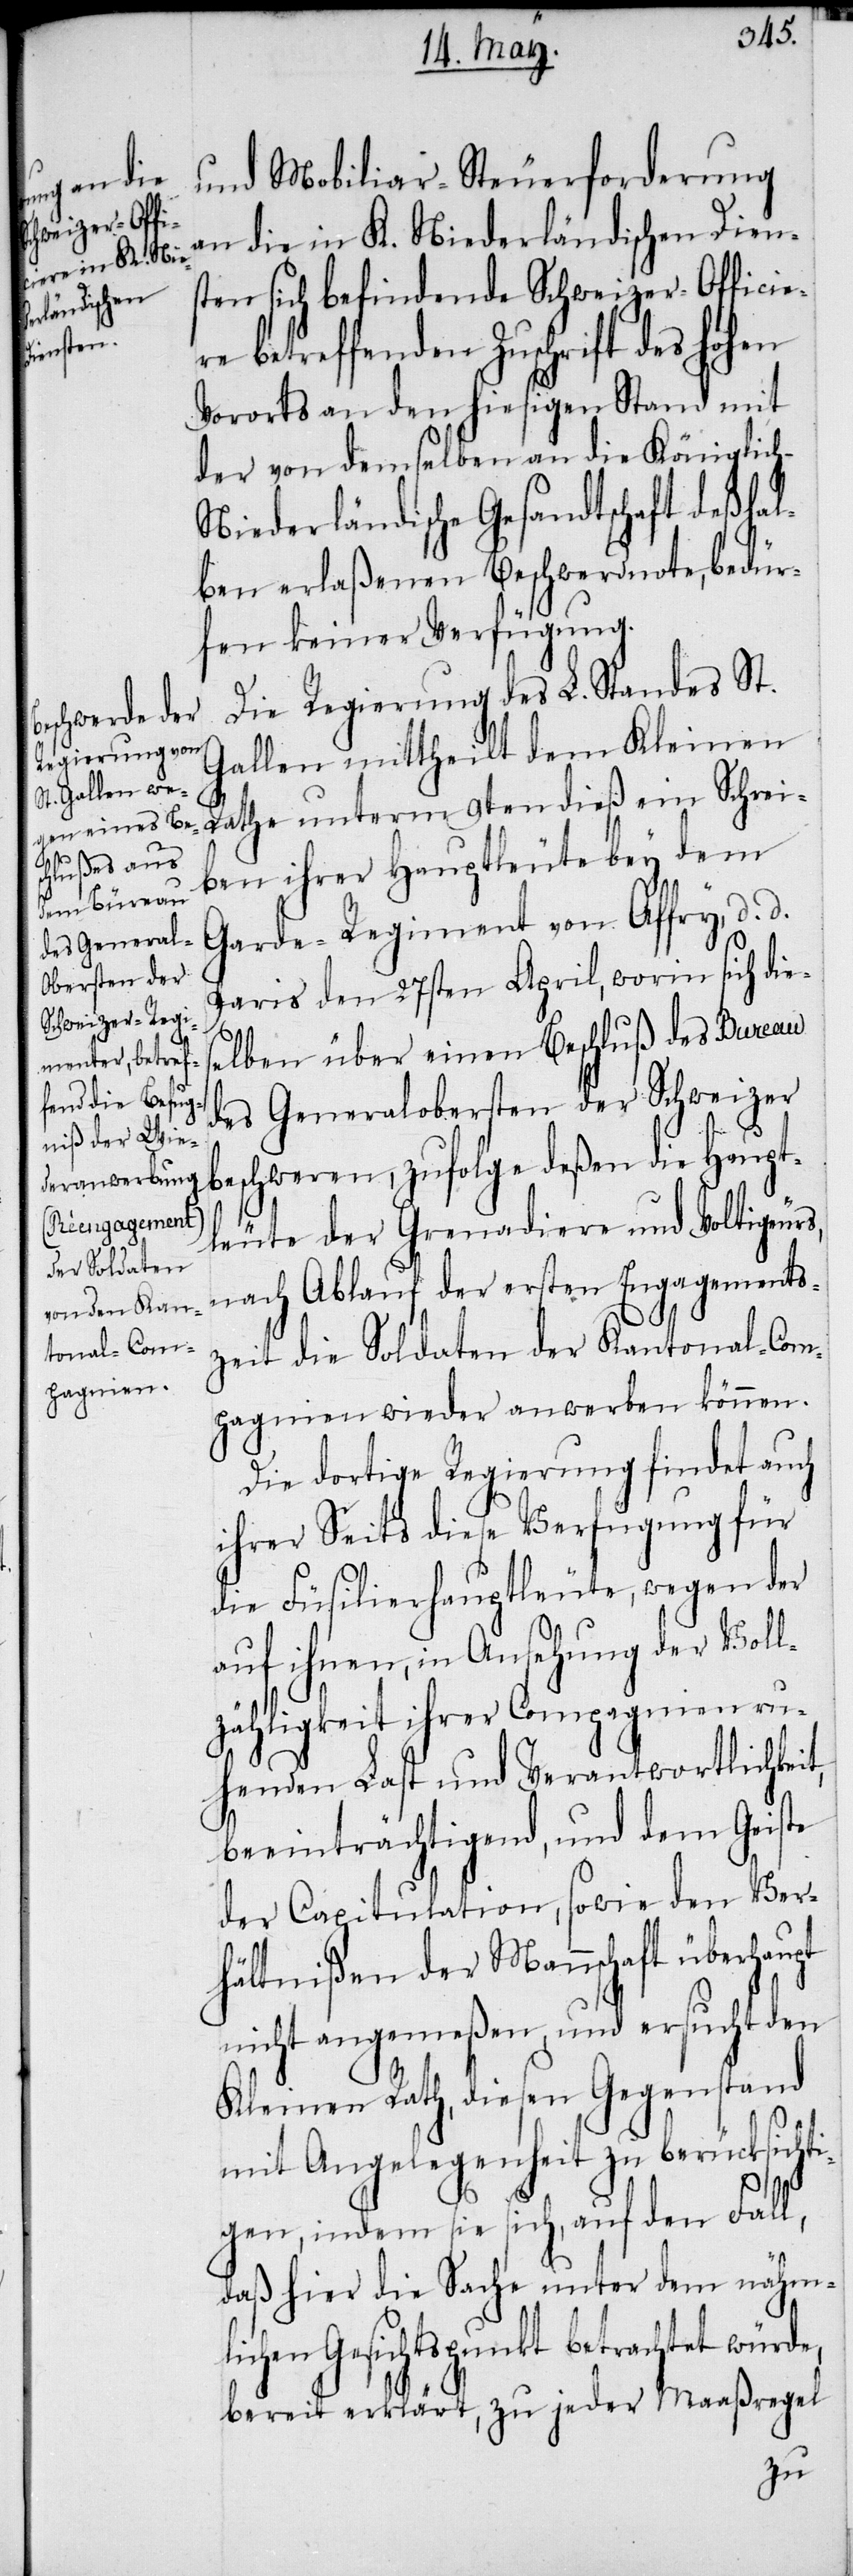
und Mobiliar-Steuerforderung
an die in K. Niederländischen Diens¬
ten sich befindende Schweizer-Officiere
betreffenden Zuschrift des hohen
Vororts an den hiesigen Stand mit
der von demselben an die Königlic¬
h-Niederländische Gesandtschaft deßhal¬
ben erlaßenen Beschwerdnote, bedür¬
fen keiner Verfügung.
Die Regierung des L. Standes St.
Gallen mittheilt dem Kleinen
Rathe unterm 9ten dieß ein Schrei¬
ben ihrer Hauptleute bey dem
Garde-Regiment von Affry, d. d.
Paris den 27sten April, worin sich dies¬
elben über einen Beschluß des Bureau
des Generalobersten der Schweizer
beschweren, zufolge deßen die Haupt¬
leute der Grenadiere und Voltigeurs,
nach Ablauf der ersten Engagements¬
zeit die Soldaten der Kantonal-Com¬
pagnien wieder anwerben können.
Die dortige Regierung findet auch
ihrer Seits diese Verfügung für
die Füsilierhauptleute, wegen der
auf ihnen, in Ansehung der Voll¬
zähligkeit ihrer Compagnien ru¬
henden Last und Verantwortlichkei¬
beeinträchtigend, und dem Geiste
der Capitulation, sowie den Ver¬
hältnißen der Mannschaft überhaupt
nicht angemeßen, und ersucht den
Kleinen Rath, diesen Gegenstand
mit Angelegenheit zu berücksichti¬
t,
gen, indem sie sich, auf den Fall,
daß hier die Sache unter dem nähml¬
ichen Gesichtspunkt betrachtet würde,
bereit erklärt, zu jeder Maaßregel